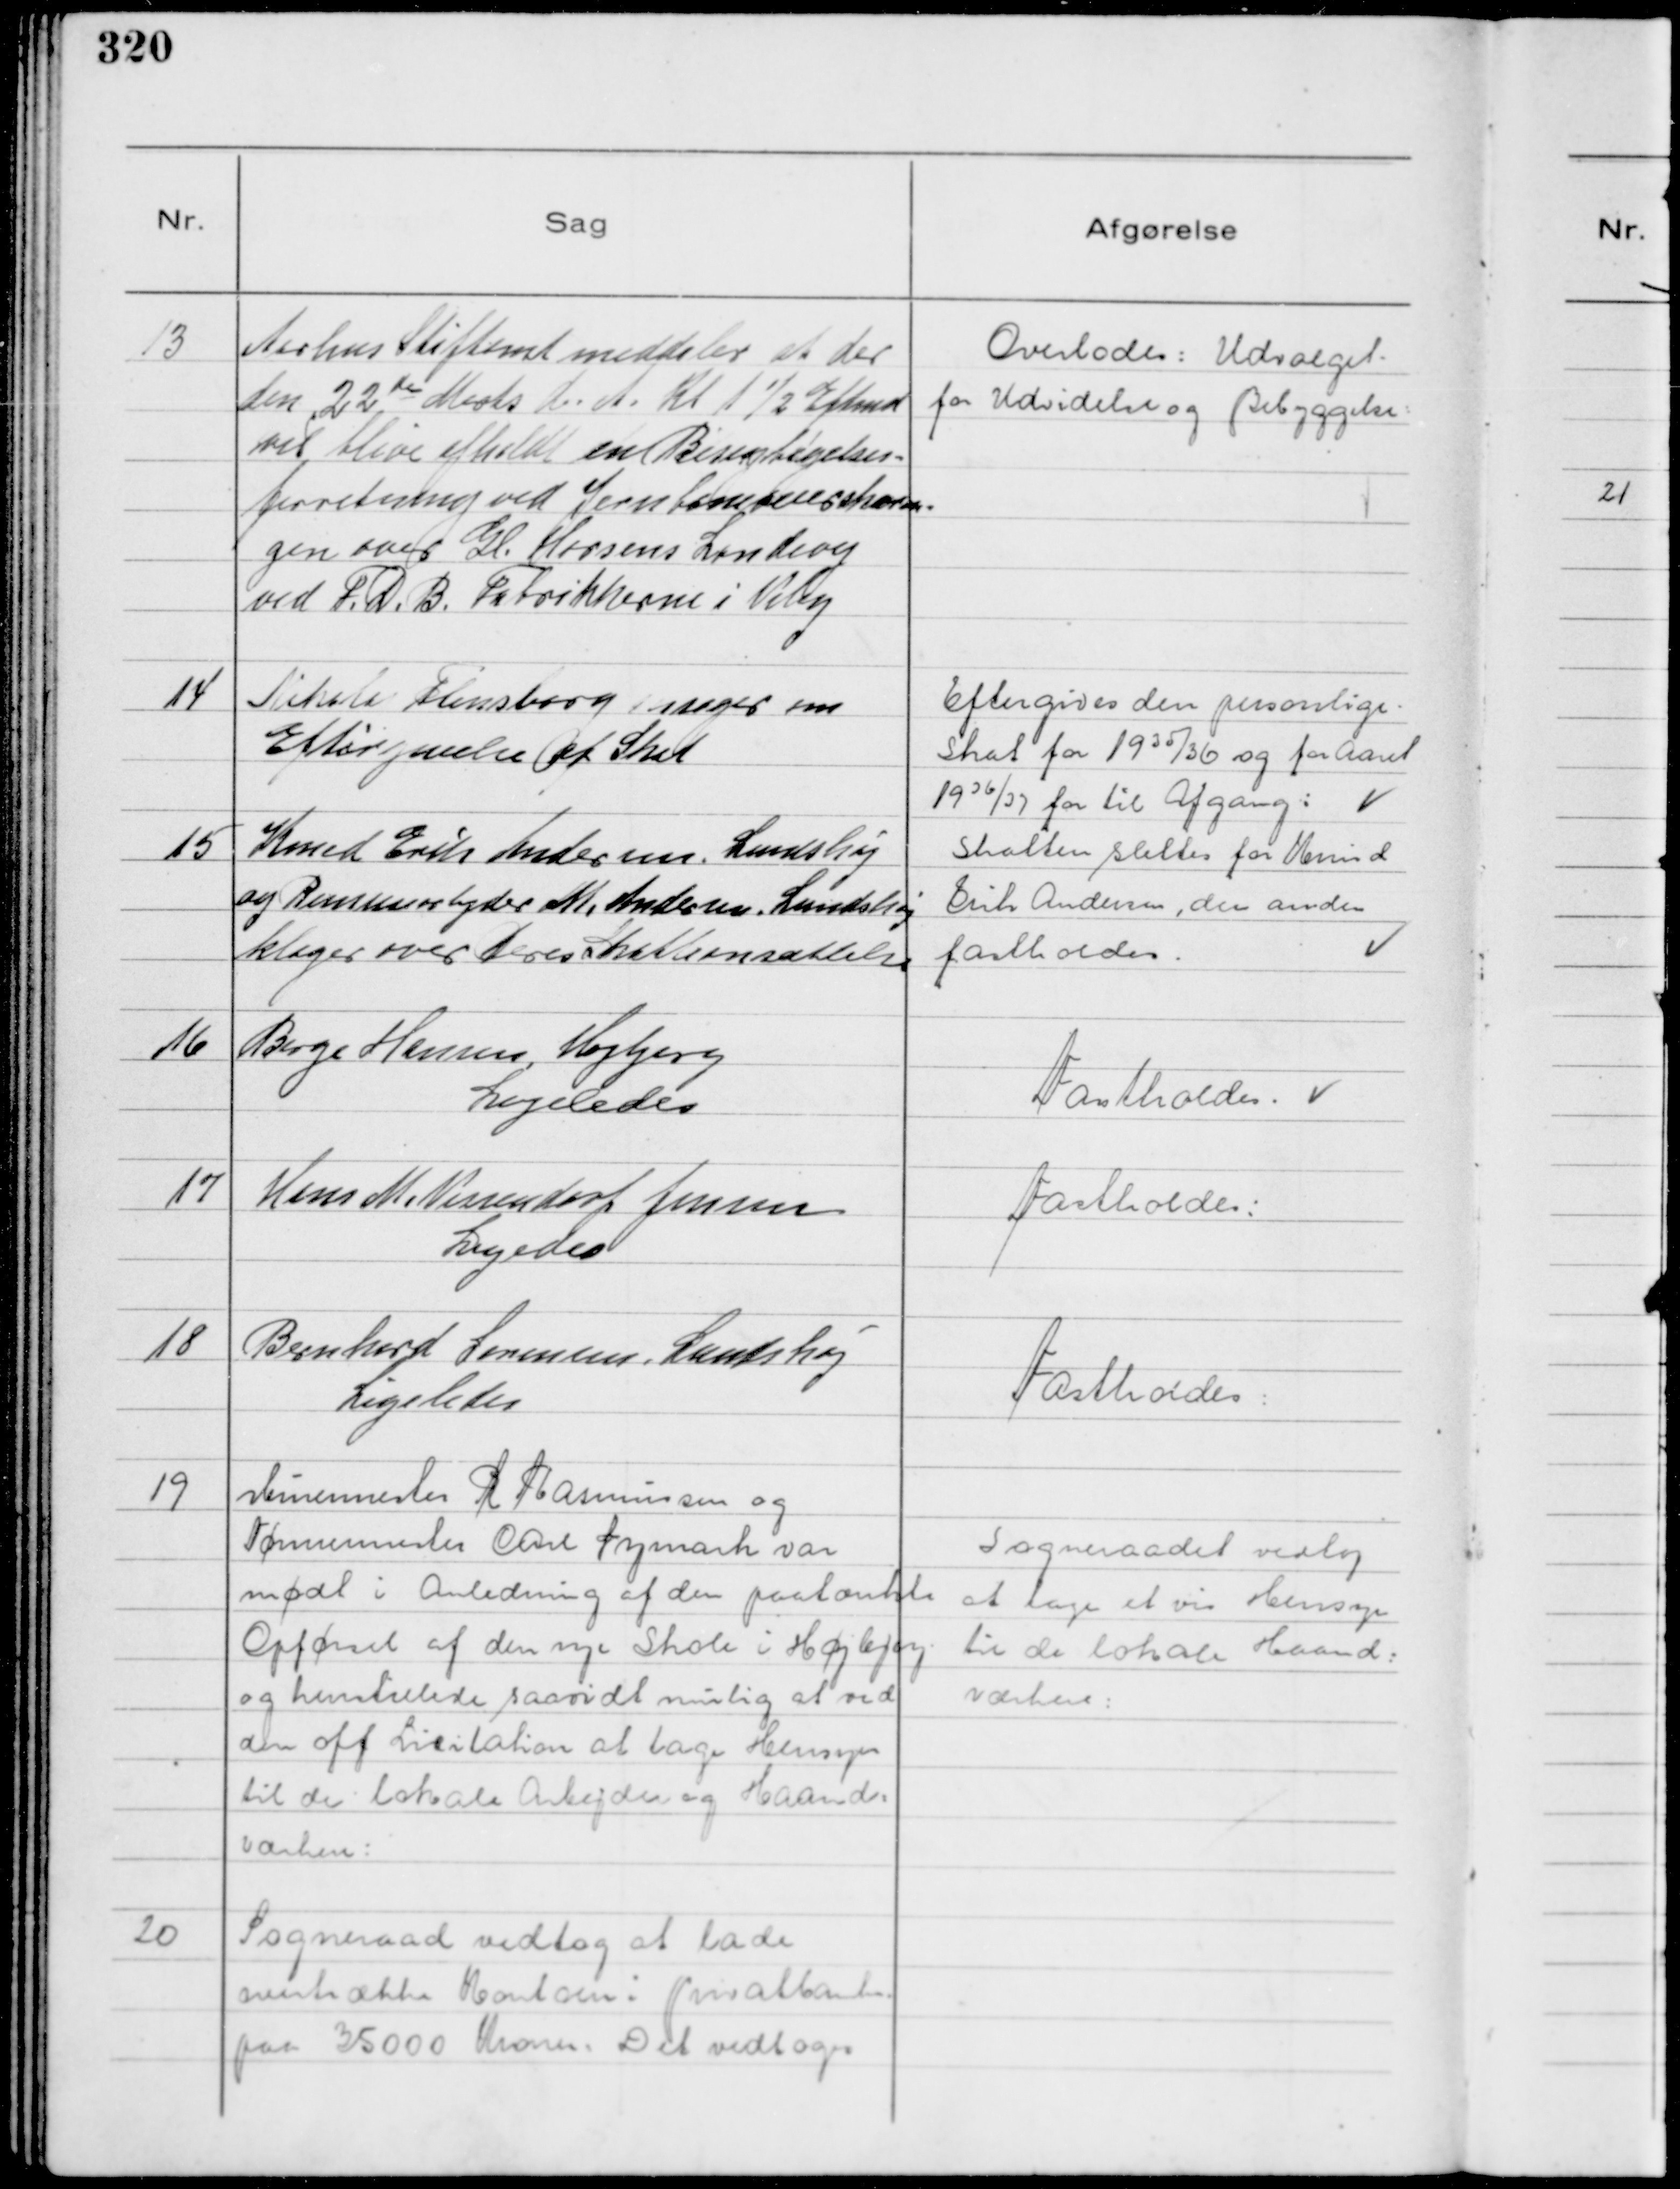
Transskription:
13
Aarhus Stiftamt meddeler at der
den 22 de Marts d. A. Kl 1½ Eftmd
vil blive afholdr en Bivejsbegelses=
forretning ved Jernbaneoverskærin=
gen over Gl. Horsens Landevej
ved F. D. B. Fabrikkerne i Viby

Overlades: Udvalget
for Udvidelse og Bebyggelse

14
Nikolai Flensborg ansøger om
Eftergivelse af Skat

Eftergives den personlige .
Skat for 19 35/36 og for Aaret
19 36/37 for til Afgang:

15
Knud Erik Andersen. Lundshøj
og Remisearbejder M. Andersen, Lundshøj
klager over deres Skatteansættelse

Skatten slettes for Knud
Erik Andersen, den anden
fastholdes.

16
Børge Hansen, Højbjerg
Ligeledes

Fastholdes.

17
Hans M. Vissendorf Jensen
Ligedes

Fastholdes:

18
Bernhard Sørensen, Lundshøj
Ligeledes

Fastholdes:

19
Murermester R Rasmussen og
Tømrermester Carl Nymark var
mødt i Anledning af den paatænkte
Opførsel af den nye Skole i Højbjerg
og henstillede saavidt mulig at ved
den off Licitation at tage Hensyn
til de lokale Arbejder og Haand=
værkere:

Sogneraadet vedtog
at tage et vis Hensyn
til de lokale Haand=
værkere:

20
Sogneraad vedtog at lade
overtrække Kontoen i Privatbanken
paa 35000 Kroner. Det vedtoges